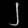
Digit: ၂